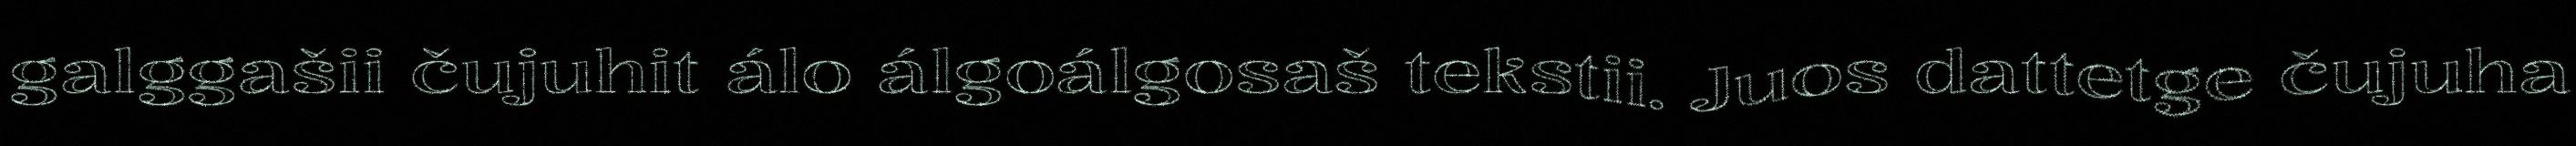
galggašii čujuhit álo álgoálgosaš tekstii. Juos dattetge čujuha